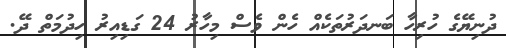
ދުނިޔޭގެ ހުރިހާ ބަނދަރުތަކެއް ހެން ވެސް މިހާރު 24 ގަޑިއިރު ހިދުމަތް ދޭ.